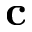
\bf c